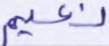
نعيم